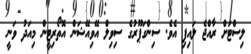
ލިސްޓަށް ރާއްޖެ ލައިފި އެވެ. ސިންގަޕޫރުގެ ސިވިލް އޭވިއޭޝަން އޮތޯރިޓީން މިއަދު ވަނީ